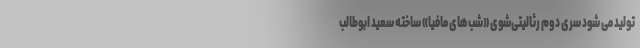
تولید می شود سری دوم رئالیتی‌شوی «شب‌های مافیا» ساخته سعید ابوطالب